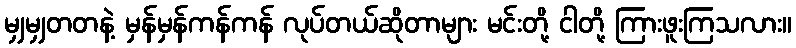
မျှမျှတတနဲ့ မှန်မှန်ကန်ကန် လုပ်တယ်ဆိုတာများ မင်းတို့ ငါတို့ ကြားဖူးကြသလား။